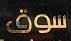
سوق